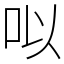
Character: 㕽